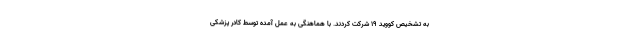
به تشخیص کووید ۱۹ شرکت کردند. با هماهنگی به عمل آمده توسط کادر پزشکی